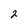
Character: 2